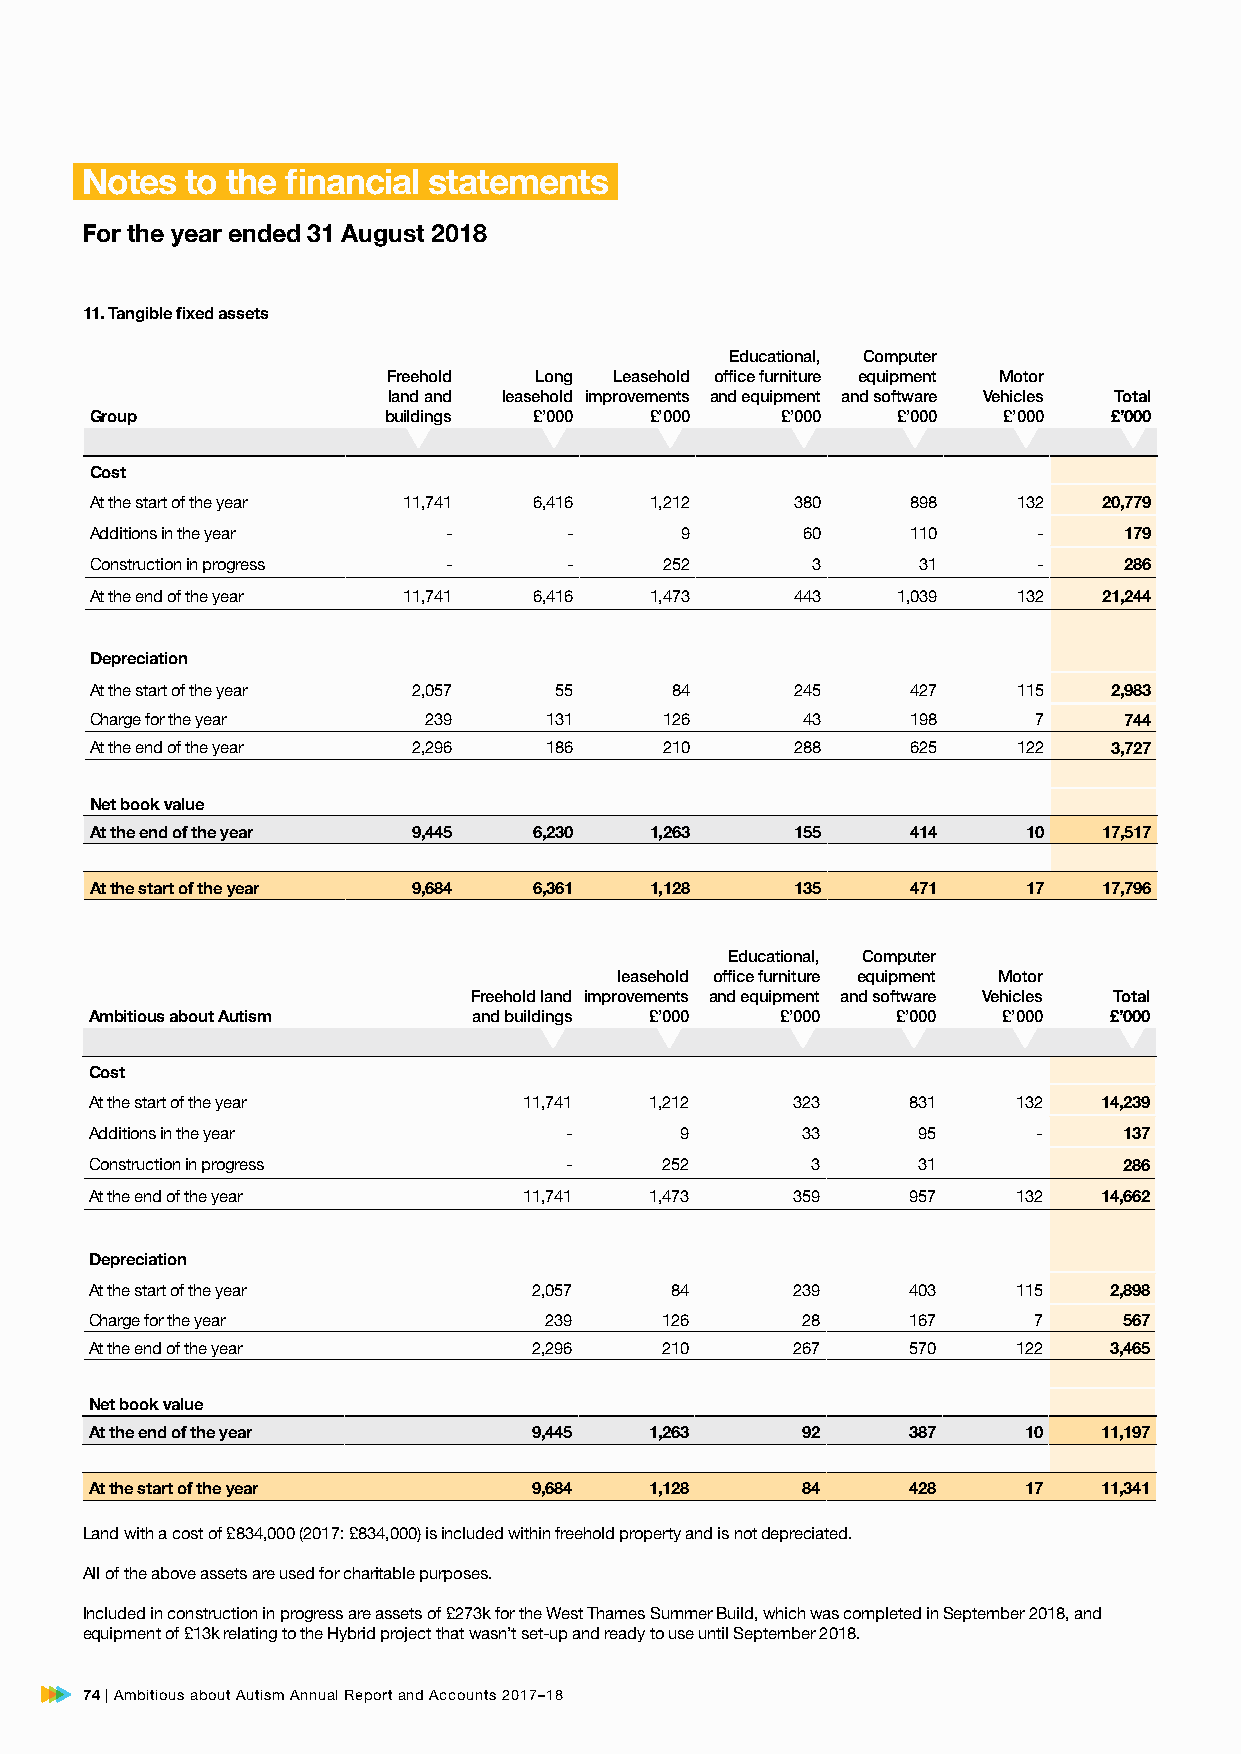
Notes  to the financial statements
 For the year ended 31 August 2018
 11. Tangible fixed assets
 Educational, Computer
 Freehold Long  Leasehold office furniture equipment Motor
 land and leasehold improvements and equipment and software Vehicles Total
 Group              buildings £’000   £’000    £’000  £’000  £’000   £’000
 Cost
 At the start of the year 11,741 6,416 1,212    380    898    132   20,779
 Additions in the year  -       -       9       60     110      -    179
 Construction in progress -     -      252       3      31      -    286
 At the end of the year 11,741 6,416  1,473     443   1,039   132   21,244
 Depreciation
 At the start of the year 2,057 55     84       245    427    115    2,983
 Charge for the year   239     131     126      43     198     7     744
 At the end of the year 2,296  186     210      288    625    122    3,727
 Net book value
 At the end of the year 9,445 6,230   1,263     155    414     10   17,517
 At the start of the year 9,684 6,361 1,128     135    471     17   17,796
 Educational, Computer
 leasehold office furniture equipment Motor
 Freehold land improvements and equipment and software Vehicles Total
 Ambitious about Autism   and buildings £’000  £’000  £’000  £’000  £’000
 Cost
 At the start of the year     11,741  1,212    323     831    132   14,239
 Additions in the year          -       9       33      95      -    137
 Construction in progress       -      252       3      31           286
 At the end of the year       11,741  1,473    359     957    132   14,662
 Depreciation
 At the start of the year     2,057    84      239     403    115   2,898
 Charge for the year           239     126      28     167     7     567
 At the end of the year       2,296    210     267     570    122   3,465
 Net book value
 At the end of the year       9,445   1,263     92     387     10   11,197
 At the start of the year     9,684   1,128     84     428     17   11,341
 Land with a cost of £834,000 (2017: £834,000) is included within freehold property and is not depreciated.
 All of the above assets are used for charitable purposes.
 Included in construction in progress are assets of £273k for the West Thames Summer Build, which was completed in September 2018, and
 equipment of £13k relating to the Hybrid project that wasn’t set-up and ready to use until September 2018.
 74 | Ambitious about Autism Annual Report and Accounts 2017–18